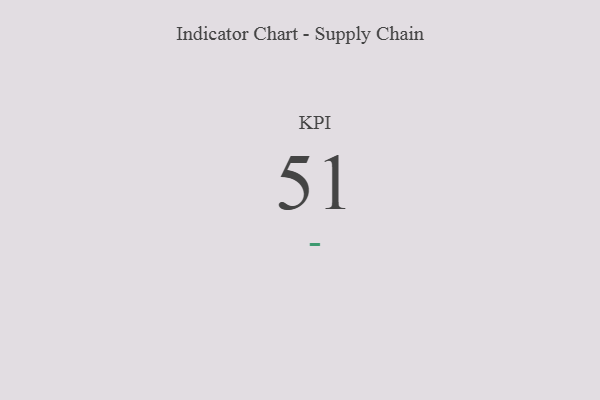
{"axis": {"x": "KPI", "y": "Value"}, "legend": [""], "data": [{"x": "KPI", "y": 51, "type": ""}]}